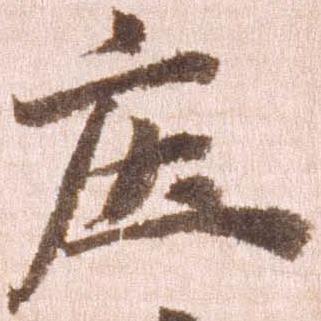
庄